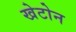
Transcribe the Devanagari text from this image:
खेटोन